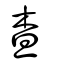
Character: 査